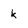
Character: k